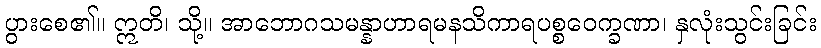
ပွားစေ၏။ ဣတိ၊ သို့။ အာဘောဂသမန္နာဟာရမနသိကာရပစ္စဝေက္ခဏာ၊ နှလုံးသွင်းခြင်း